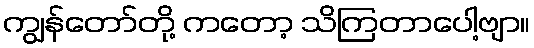
ကျွန်တော်တို့ ကတော့ သိကြတာပေါ့ဗျာ။